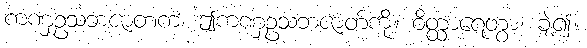
ကဏှဥသဘဇာတကံ၊ ဤကဏှဥသဘဇာတ်ကို။ ဝိတ္ထာရေတွာ၊ ချဲ့၍။